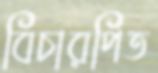
বিচারপিত